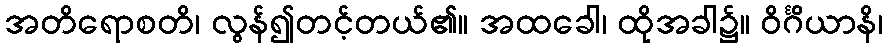
အတိရောစတိ၊ လွန်၍တင့်တယ်၏။ အထခေါ၊ ထိုအခါ၌။ ဝိင်္ဂိယာနိ၊